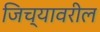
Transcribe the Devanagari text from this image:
जिच्यावरील